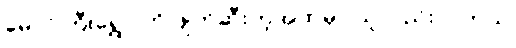
မောင်ကြီးရွှေဝါကို ဖျက်ဆီးတဲ့အထဲမှာ သူလည်း ပါတယ်